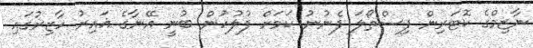
ނާޒިމްގެ ކޮޓަރިން ފިސްތޯލަ ފެނުނު ކަމަށް ފުލުހުން ބުނީ އޭނާގެ ޣައިރު ހާޒިރުގައި